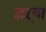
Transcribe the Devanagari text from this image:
झऱ्या